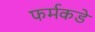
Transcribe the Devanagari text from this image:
फर्मकडे